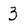
Character: 3